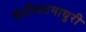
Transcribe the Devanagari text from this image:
वंशीवटमाधुरी